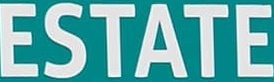
ESTATE